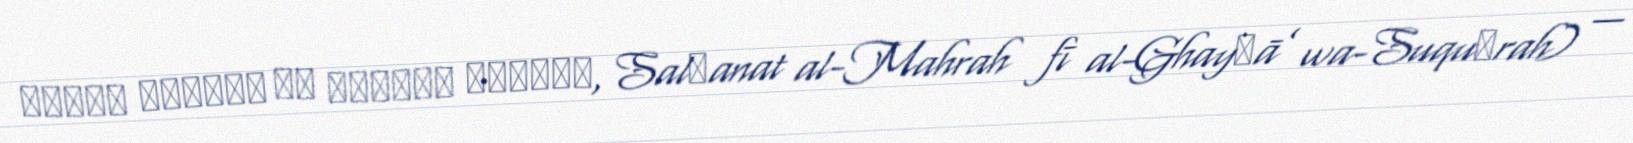
سلطنة المهرة في الغيضة وسقطرى, Salṭanat al-Mahrah fī al-Ghayḍā’ wa-Suquṭrah) —